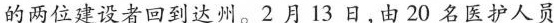
的两位建设者回到达州。2月13日，由20名医护人员